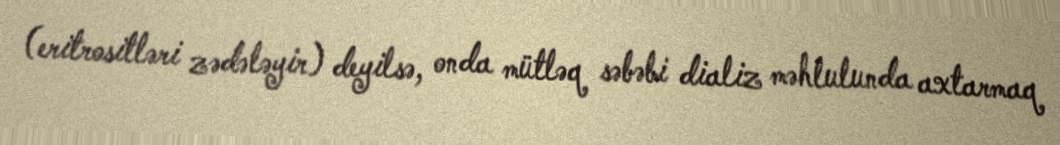
(eritrositləri zədələyir) deyilsə, onda mütləq səbəbi dializ məhlulunda axtarmaq